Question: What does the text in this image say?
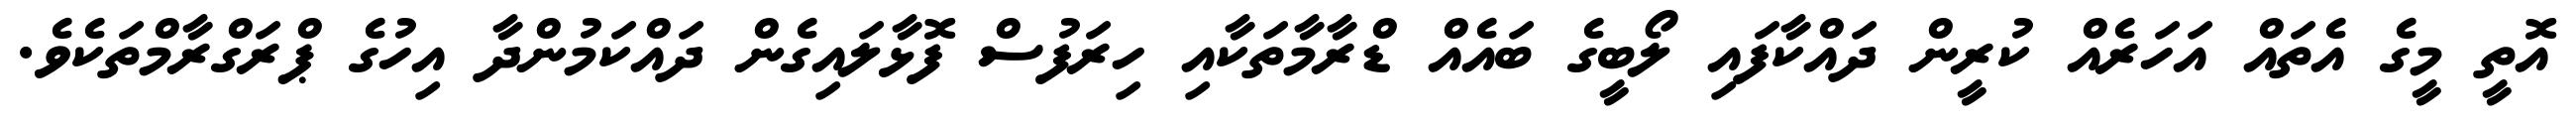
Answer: އޮތީ މީގެ އެތައް އަހަރެއް ކުރީން ދައްކާފައި ލޯބީގެ ބައެއް ޑްރާމާތަކާއި ހިރަފުސް ފޮޅާލައިގެން ދައްކަމުންދާ އިހުގެ ޕްރަގްރާމްތަކެވެ.